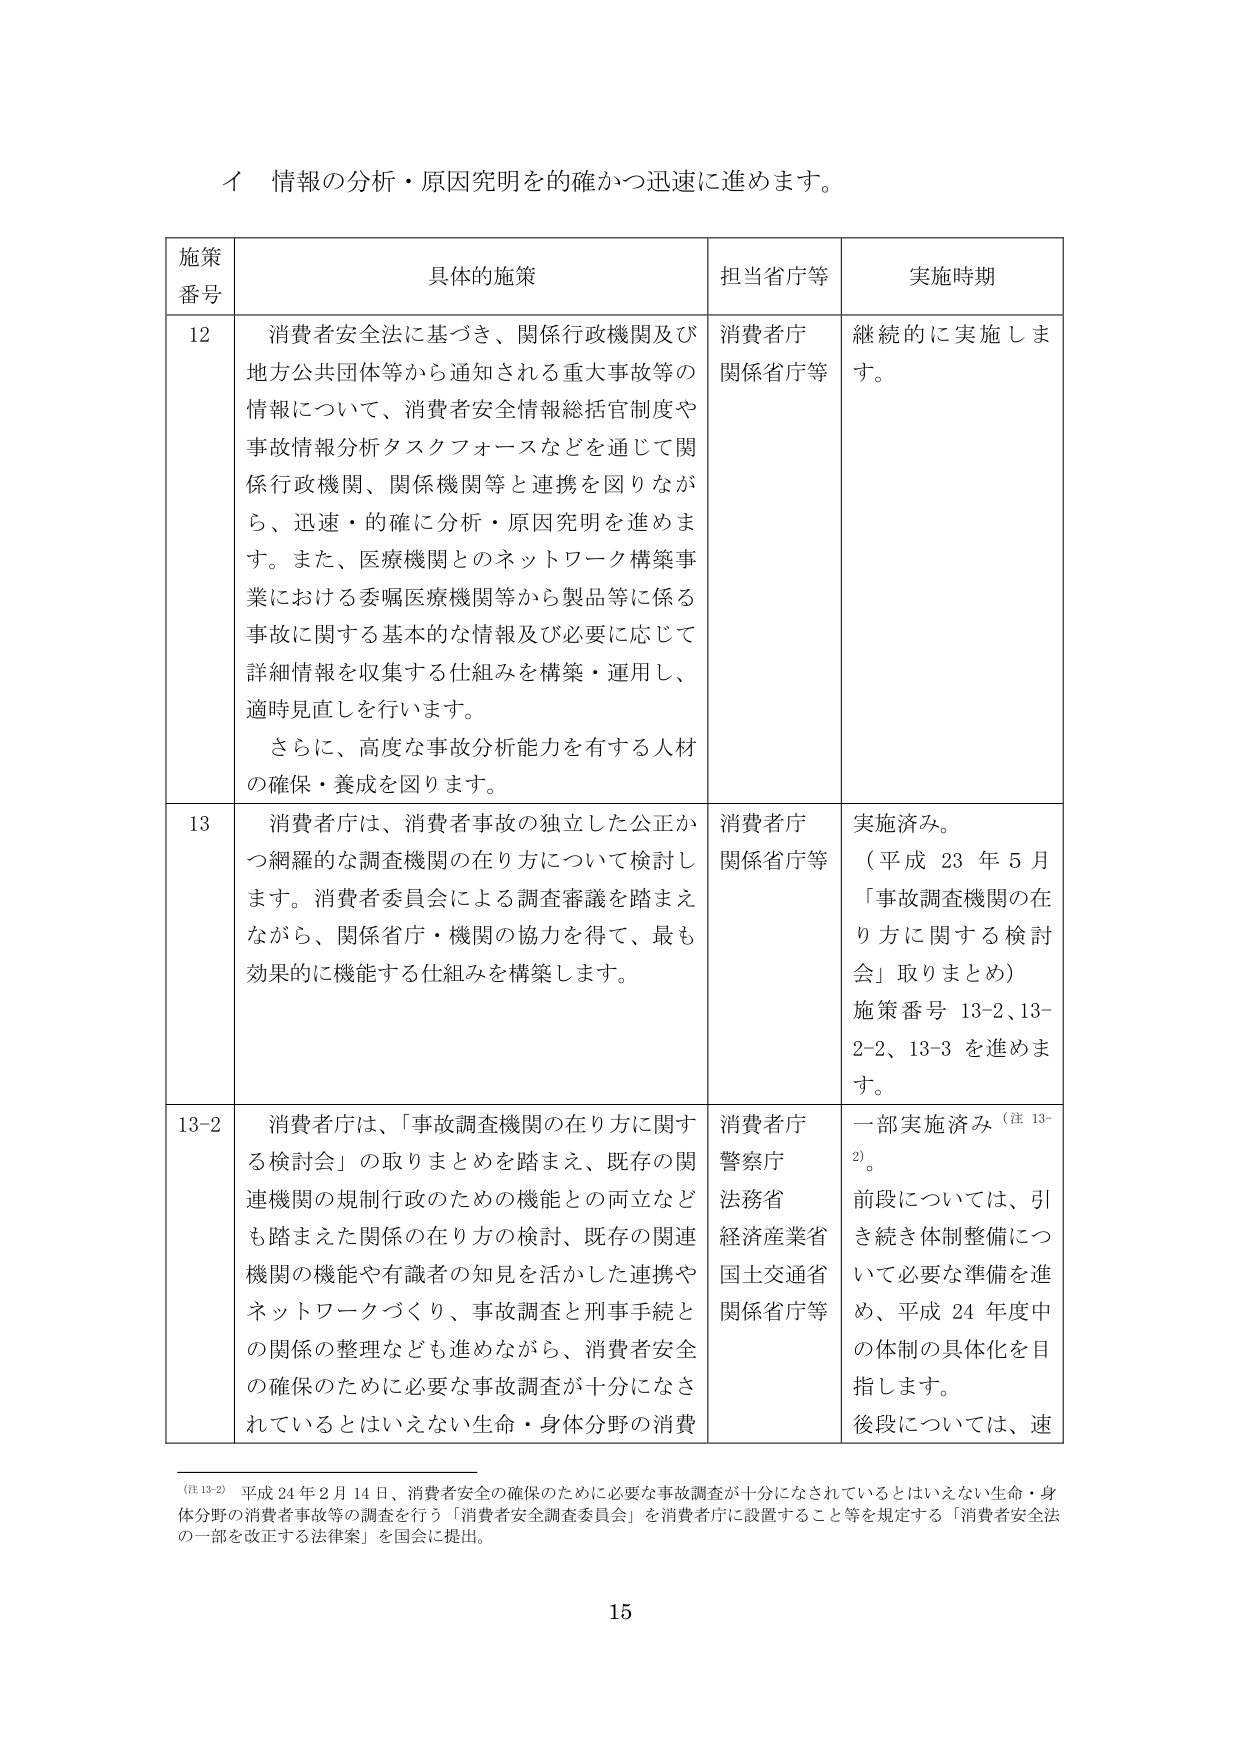
イ 情報の分析・原因究明を的確かつ迅速に進めます。

施策番号	具体的施策	担当省庁等	実施時期
12	消費者安全法に基づき、関係行政機関及び地方公共団体等から通知される重大事故等の情報について、消費者安全情報総括官制度や事故情報分析タスクフォースなどを通じて関係行政機関、関係機関等と連携を図りながら、迅速・的確に分析・原因究明を進めます。また、医療機関とのネットワーク構築事業における委嘱医療機関等から製品等に係る事故に関する基本的な情報及び必要に応じて詳細情報を収集する仕組みを構築・運用し、適時見直しを行います。さらに、高度な事故分析能力を有する人材の確保・養成を図ります。	消費者庁関係省庁等	継続的に実施します。
13	消費者庁は、消費者事故の独立した公正かつ網羅的な調査機関の在り方について検討します。消費者委員会による調査審議を踏まえながら、関係省庁・機関の協力を得て、最も効果的に機能する仕組みを構築します。	消費者庁関係省庁等	実施済み。（平成23年5月「事故調査機関の在り方に関する検討会」取りまとめ）施策番号13-2、13-2-2、13-3を進めます。
13-2	消費者庁は、「事故調査機関の在り方に関する検討会」の取りまとめを踏まえ、既存の関連機関の規制行政のための機能との両立なども踏まえた関係の在り方の検討、既存の関連機関の機能や有識者の知見を活かした連携やネットワークづくり、事故調査と刑事手続との関係の整理なども進めながら、消費者安全の確保のために必要な事故調査が十分になされているとはいえない生命・身体分野の消費	消費者庁警察庁法務省経済産業省国土交通省関係省庁等	一部実施済み（注13-2）。前段については、引き続き体制整備について必要な準備を進め、平成24年度中の体制の具体化を目指します。後段については、速

（注13-2）平成24年2月14日、消費者安全の確保のために必要な事故調査が十分になされているとはいえない生命・身体分野の消費者事故等の調査を行う「消費者安全調査委員会」を消費者庁に設置すること等を規定する「消費者安全法の一部を改正する法律案」を国会に提出。

15